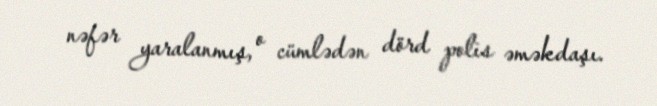
nəfər yaralanmış, o cümlədən dörd polis əməkdaşı.